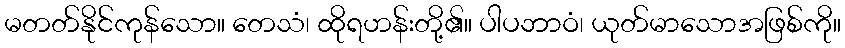
မတတ်နိုင်ကုန်သော။ တေသံ၊ ထိုရဟန်းတို့၏။ ပါပဘာဝံ၊ ယုတ်မာသောအဖြစ်ကို။